Vital statistics of India. Vol. IV, Annual returns from 1871 to 1876. British Army of India, Native Army and jails of Bengal
Year: 1871
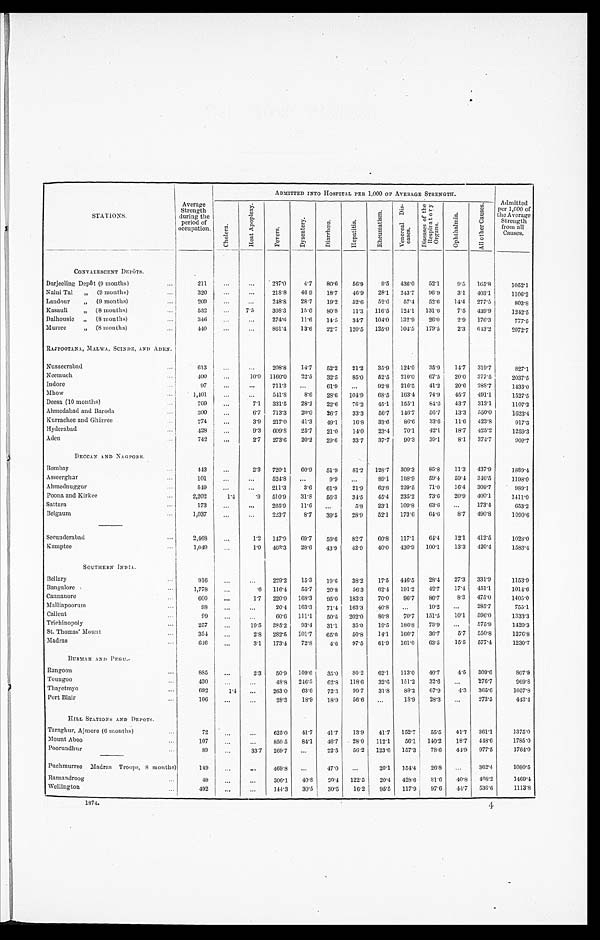
STATIONS.
Average
Strength
during the
period of
occupation.
ADMITTED INTO HOSPITAL PER 1,000 OF AVERAGE STRENGTH.
Admitted
per 1,000 of
the Average
Strength
from all
Causes.
C h o l e r a .
H e a t A p o p l e x y .
F e v e r s .
D y s e n t e r y .
D i a r r h œ a .
H e p a t i t i s .
R h e u m a t i s m .
V e n e r e a l D i s - e a s e s .
Di s e a s e s o f t h e R e s p i r a t o r y Or g a n s .
O p h t h a l m i a .
A l l o t h e r C a u s e s .
CONVALESCENT DEPÔTS.
Darjeeling Depôt (9 months) . . .
211
. . .
. . .
237.0
4.7
80.6
56.9
9.5
436.0
52.1
9.5
165.8
1052.1
Naini Tal" (9 months) . . .
320
. . .
. . .
218.8
46.9
18.7
46.9
28.1
243.7
96.9
3.1
403.1
1106.2
Landour" (9 months) . . .
209
. . .
. . .
248.8
28.7
19.2
52.6
52.6
57.4
52.6
14.4
277.5
803.8
Kasauli" (8 months) . . .
532
. . . 7. 5
308.3
15.0
80.8
11.3
116.5
124.1
131.6
7.5
439.9
1242.5
Dalhousie" (8 months) . . .
346
. . .
. . .
274.6
11.6
14.5
34.7
104.0
132.9
26.0
2.9
176.3
777.5
Murree" (8 months) . . .
440
. . .
. . .
861.4
13.6
22.7
120.5
125.0
104.5
179.5
2.3
643.2
2072.7
RAJPOOTANA, MALWA, SCINDE, AND ADEN.
Nusseerabad . . .
613
. . .
. . .
208.8
14.7
52.2
21.2
35.9
124.0
35.9
14.7
319.7
827.1
Neemuch . . .
4 0 0 . . .
10.0
1160.0
22.5
32.5
85.0
52.5
210.0
67.5
20.0
377.5
2037.5
Indore . . .
97
. . .
. . .
711.3
. . .
61.9
. . .
92.8
216.5
41.2
20.6
288.7
1433.0
Mhow . . .
1,401
. . .
. . .
541.8
8.6
28.6
104.9
68.5
163.4
74.9
45.7
491.1
1527.5
Deesa (10 months) . . .
709
. . .
7.1
331.5
28.2
22.6
76.2
45.1
155.1
84.6
43.7
313.1
1107.2
Ahmedabad and Baroda . . .
300
. . .
6.7
713.3
20.0
26.7
33.3
56.7
146.7
5 6 . 7
13.3
550.0
1623.4
Kurrachee and Ghizree . . .
774
. . .
3.9
217.0
41.3
49.1
16.8
33.6
86.6
33.6
11.6
423.8
917.3
Hyderabad . . .
428
. . .
9.3
609.8
25.7
21.0
14.0
23.4
70.1
42.1
18.7
425.2
1259.3
Aden . . .
742
. . .
2.7
273.6
20.2
29.6
33.7
37.7
90.3
39.1
8.1
374.7
909.7
DECCAN AND NAGPORE.
Bombay . . .
443
. . .
2.3
720.1
60.9
51.9
81.2
128.7
309.3
85.8
11.3
437.9
1889.4
Asseerghur . . .
101 . . .
. . .
524.8
. . .
9.9
. . .
89.1
108.9
59.4
59.4
346.5
1198.0
Ahmednuggur . . .
549
. . .
. . .
211.3
3.6
61.9
21.9
63.8
229.5
71.0
16.4
309.7
989.1
Poona and Kirkee . . .
2,202
1.4
.9
510.9
31.8
56.3
34.5
45.4
235.2
73.6
20.9
400.1
1411.0
Sattara . . .
173
. . .
. . .
265.9
11.6
. . .
5.8
23.1
109.8
63.6
. . .
173.4
653.2
Belgaum . . .
1,037
. . .
. . .
223.7
8.7
39.5
28.9
52.1
173.6
64.6
8.7
490.8
1090.6
Secunderabad . . .
2,468
. . .
1.2
147.9
69.7
59.6
82.7
60.8
117.1
64.4
12.1
412.5
1028.0
Kamptee
. . .
1,049 . . .
1.0
462.3
28.6
43.9
42.9
40.0
430.9
100.1
13.3
420.4
1583.4
SOUTHERN INDIA.
Bellary . . .
916
. . .
. . .
229.2
15.3
19.6
38.2
17.5
446.5
28.4
27.3
331.9
1153.9
Bangalore . . .
1,778 . . .
.6
116.4
55.7
20.8
56.3
62.4
191.2
42.7
17.4
451.1
1014.6
Cannanore . . .
600
. . .
1.7
220.0
168.3
95.0
183.3
70.0
96.7
86.7
8.3
475.0
1405.0
Malliapoorum . . .
98
. . .
. . .
20.4
163.3
71.4
163.3
40.8
. . .
10.2
. . .
285.7
755.1
Calicut . . .
99
. . .
. . .
60.6
111.1
50.5
202.0
80.8
70.7
151.5
10.1
596.0
1333.3
Trichinopoly . . .
257
. . .
19.5
385.2
93.4
31.1
35.0
19.5
186.8
73.9
. . .
575.9
1420.3
St. Thomas' Mount . . .
354
. . .
2.8
282.5
101.7
65.0
50.8
14.1
166.7
36.7
5.7
550.8
1276.8
Madras . . .
646
. . .
3.1
173.4
72.8
4.6
97.5
61.9
161.0
63.5
15.5
577.4
1230.7
BURMAH AND PEGU.
Rangoon . . .
885
. . .
2.3
50.9
109.6
35.0
80.2
62.1
113.0
40.7
4.5
309.6
807.9
Toungoo . . .
430
. . .
. . .
48.8
246.5
62.8
118.6
32.6
151.2
32.6
. . .
276.7
969.8
Thayetmyo . . .
692
1.4
. . .
263.0
63.6
72.3
99.7
31.8
88.2
67.9
4.3
365.6
1057.8
Port Blair . . .
106
. . .
. . .
28.3
18.9
18.9
56.6
. . .
18.9
28.3
. . .
273.5
443.4
HILL STATIONS AND DEPOTS.
Taraghur, Ajmere (6 months) . . .
72
. . .
. . .
625.0
41.7
41.7
13.9
41.7
152.7
55.5
41.7
361.1
1375.0
Mount Aboo . . .
107
. . .
. . .
850.5
84.1
46.7
28.0
112.1
56.1
140.2
18.7
448.6
1785.0
Poorundhur . . .
89
. . .
33.7
269.7
. . .
22.5
56.2
123.6
157.3
78.6
44.9
977.5
1764.0
Puchmurree Madras Troops, 8 months)
149
. . .
. . .
469.8
. . .
47.0
. . .
20.1
154.4
26 . 8
. . .
362.4
1080.5
Ramandroog . . .
49
. . .
. . .
306.1
40.8
20.4
122.5
20.4
428.6
81.6
40.8
408.2
1469.4
Wellington . . .
492
. . .
. . .
144.3
30.5
30.5
16.2
95.5
117.9
97.6
44.7
536.6
1113.8
1874.
4